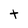
Character: t